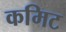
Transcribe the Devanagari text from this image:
कमिट